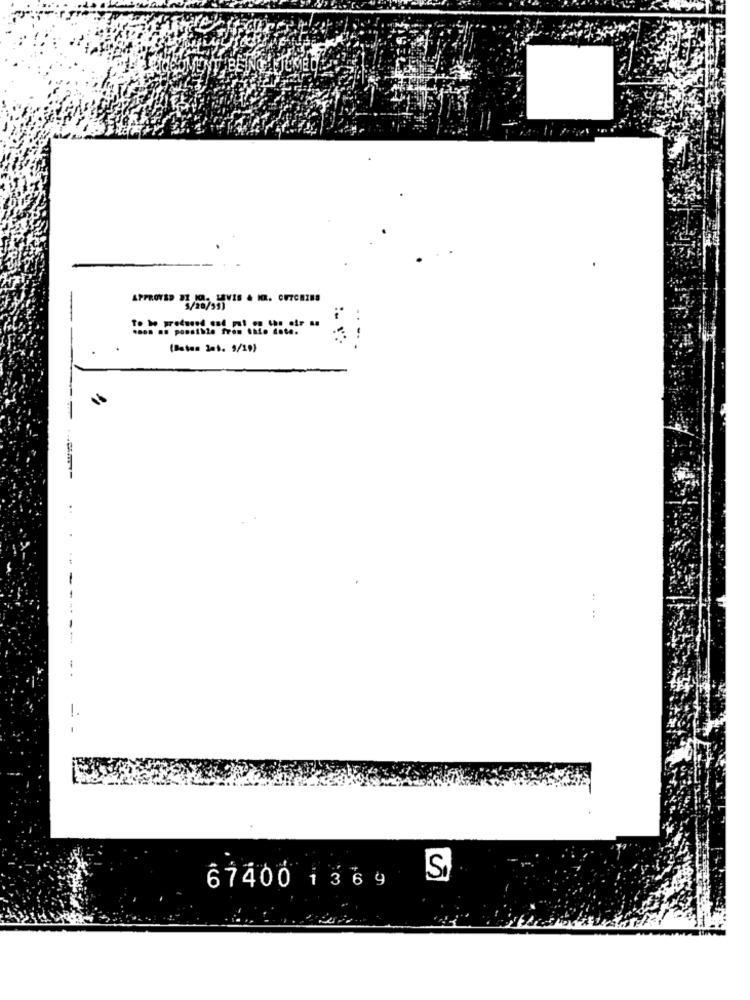
(Batan 3st. 9/19)
:
:
:
S
67400 1369